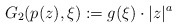
\begin{align*}G_2(p(z), \xi) := g(\xi)\cdot |z|^a\end{align*}